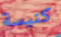
كنيسة